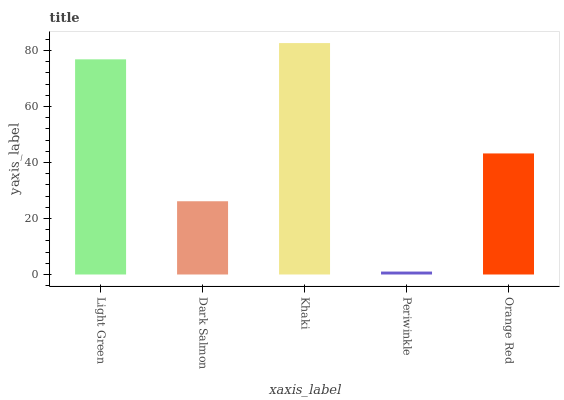
| xaxis_label | bars |
 | --- | --- |
 | Light Green | 76.8 |
 | Dark Salmon | 26.2 |
 | Khaki | 82.6 |
 | Periwinkle | 1.05 |
 | Orange Red | 43.2 |